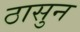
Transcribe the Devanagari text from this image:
ठासुन